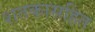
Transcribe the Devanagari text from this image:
शतकासहित